Leaving Certificate Examination (including Day School Certificate (Higher) General paper), 1938
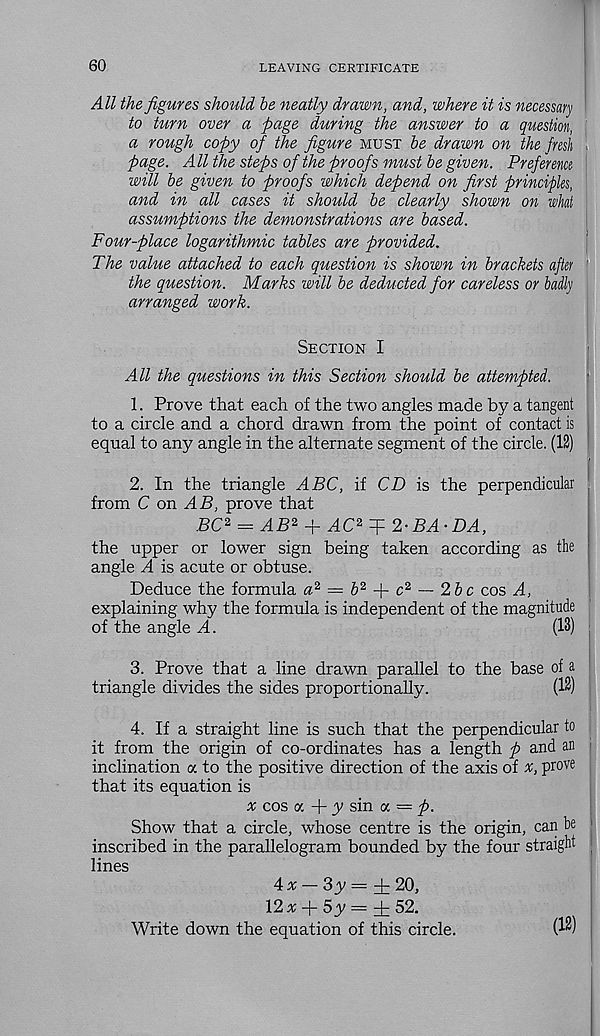
60
LEAVING CERTIFICATE
All the figures should be neatly drawn, and, where it is necessary
to turn over a page during the answer to a question,
a rough copy of the figure must be drawn on the fresh
page. All the steps of the proofs must be given. Preference
will be given to proofs which depend on first principles,
and in all cases it should be clearly shown on what
assumptions the demonstrations are based.
Four-place logarithmic tables are provided.
The value attached to each question is shown in brackets after [
the question. Marks will be deducted for careless or badly
arranged work.
Section I
All the questions in this Section should be attempted.
1. Prove that each of the two angles made by a tangent
to a circle and a chord drawn from the point of contact is j
equal to any angle in the alternate segment of the circle. (12)
t
2. In the triangle ABC, if CD is the perpendicular
from C on AB, prove that
BC 2 = AB 2 + AC 2 T 2-BA-DA,
the upper or lower sign being taken according as the
angle A is acute or obtuse.
Deduce the formula a 2 = h 2 p c 2 — 2b c cos A,
explaining why the formula is independent of the magnitude
of the angle A.
(13)
3. Prove that a line drawn parallel to the base of a
triangle divides the sides proportionally.
(13)
4. If a straight line is such that the perpendicular to
it from the origin of co-ordinates has a length p and an
inclination a to the positive direction of the axis of %, prove
that its equation is
# cos a + y sin a — p.
Show that a circle, whose centre is the origin, can be j
inscribed in the parallelogram bounded by the four straight
lines
4 * — 3y = i 20,
12x A- 5y — fz 52,
Write down the equation of this circle.
(13)